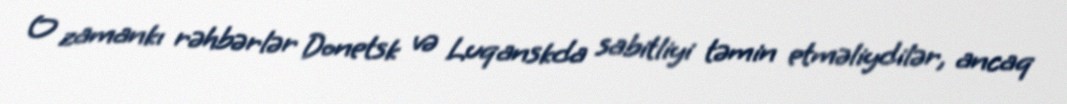
O zamankı rəhbərlər Donetsk və Luqanskda sabitliyi təmin etməliydilər, ancaq